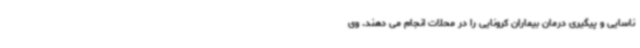
ناسایی و پیگیری درمان بیماران کرونایی را در محلات انجام می دهند. وی